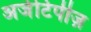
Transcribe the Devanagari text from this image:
अर्जेटिपीज़